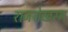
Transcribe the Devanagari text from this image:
राजशेखरन